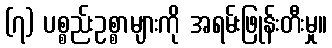
(၇) ပစ္စည်းဥစ္စာများကို အရမ်းဖြုန်းတီးမှု။